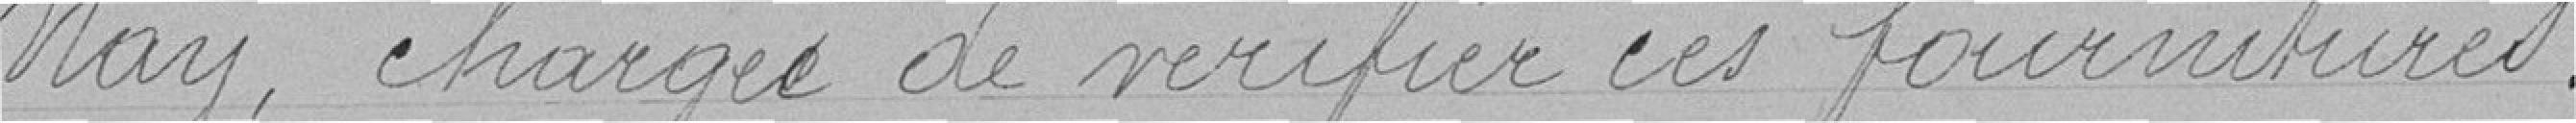
Nay, chargée de vérifier ces fournitures.